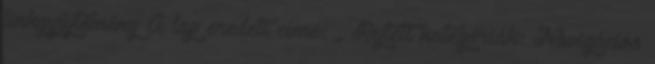
linkgyűjtemény A lap eredeti címe: „ Rejtett kategóriák: Navigációs